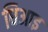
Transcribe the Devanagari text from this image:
धिआइ